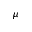
\mu